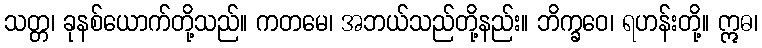
သတ္တ၊ ခုနစ်ယောက်တို့သည်။ ကတမေ၊ အဘယ်သည်တို့နည်း။ ဘိက္ခဝေ၊ ရဟန်းတို့။ ဣဓ၊